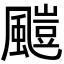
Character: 𩘥